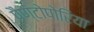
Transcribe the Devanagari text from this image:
पैण्टोपोरिया